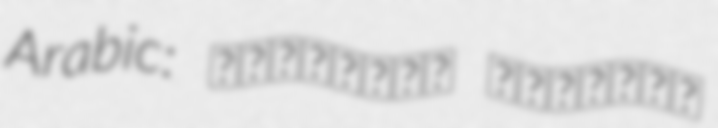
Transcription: Arabic: الإمارات العربية